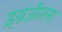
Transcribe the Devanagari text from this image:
इंग्रजीतला